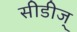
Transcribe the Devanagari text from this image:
सीडीज्